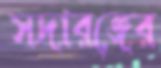
সদারঙ্গের